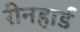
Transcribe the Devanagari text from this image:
रीनहार्ड